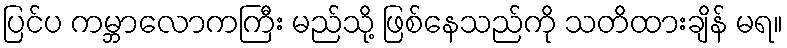
ပြင်ပ ကမ္ဘာလောကကြီး မည်သို့ ဖြစ်နေသည်ကို သတိထားချိန် မရ။